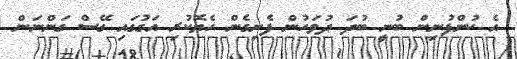
އެ ކުންފުނިން ބުނީ ބުދަ ދުވަހުން ފެށިގެން ހެޔޮކުރި އަގުގައި ގޭސް ގަންނަން